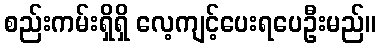
စည်းကမ်းရှိရှိ လေ့ကျင့်ပေးရပေဦးမည်။